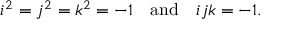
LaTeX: i ^ { 2 } = j ^ { 2 } = k ^ { 2 } = - 1 \quad \mathrm { a n d } \quad i j k = - 1 .